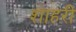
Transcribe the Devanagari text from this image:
शाहरी